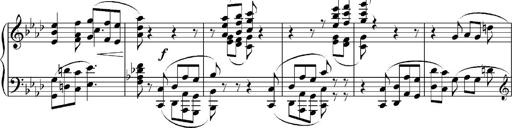
Title: Sonatina No.5
Composer: Otto Stoll
Key: F-sharp minor